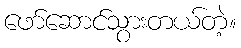
ဖော်ဆောင်သွားတယ်တဲ့။